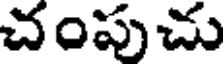
చంపుచు